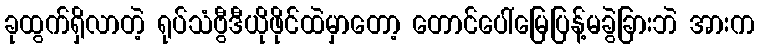
ခုထွက်ရှိလာတဲ့ ရုပ်သံဗွီဒီယိုဖိုင်ထဲမှာတော့ တောင်ပေါ်မြေပြန့်မခွဲခြားဘဲ အားက